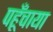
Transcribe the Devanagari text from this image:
पहूँचाया